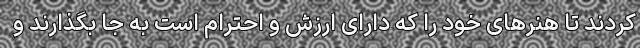
کردند تا هنرهای خود را که دارای ارزش و احترام است به جا بگذارند و